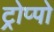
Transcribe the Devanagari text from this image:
ट्रोप्पो